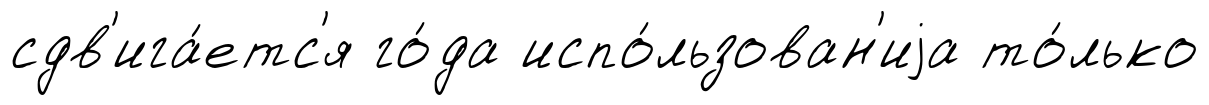
сдв'ига́етс'я го́да испо́льзован'иjа то́лько